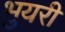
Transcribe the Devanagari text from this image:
भुयरी